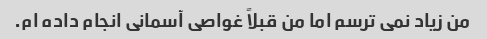
من زیاد نمی ترسم اما من قبلاً غواصی آسمانی انجام داده ام.